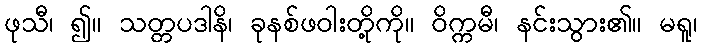
ဖုသီ၊ ၍။ သတ္တပဒါနိ၊ ခုနစ်ဖဝါးတို့ကို။ ဝိက္ကမီ၊ နင်းသွား၏။ မရူ၊